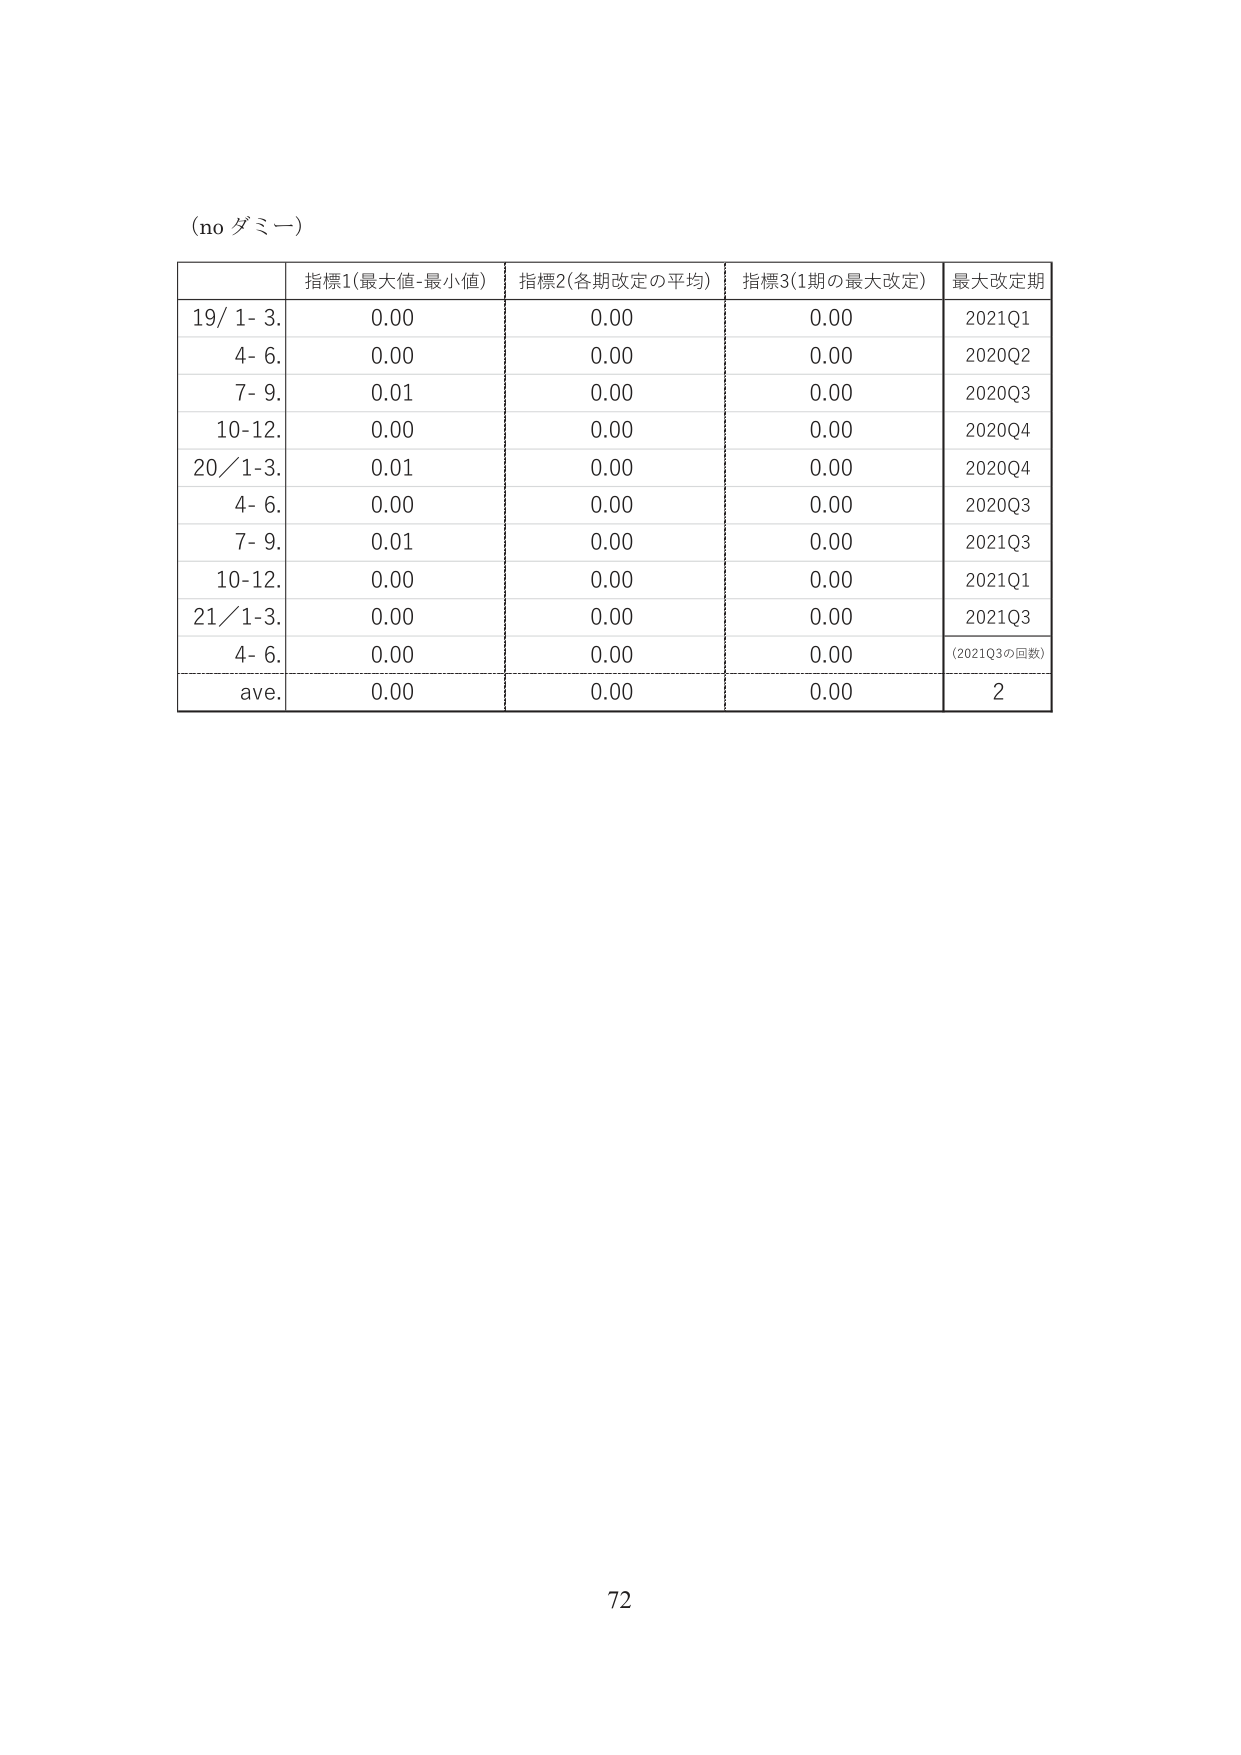
(no ダミー)

指標1(最大値-最小値) 指標2(各期改定の平均) 指標3(1期の最大改定) 最大改定期
19/ 1- 3. 0.00 0.00 0.00 2021Q1
4- 6. 0.00 0.00 0.00 2020Q2
7- 9. 0.01 0.00 0.00 2020Q3
10-12. 0.00 0.00 0.00 2020Q4
20/1-3. 0.01 0.00 0.00 2020Q4
4- 6. 0.00 0.00 0.00 2020Q3
7- 9. 0.01 0.00 0.00 2021Q3
10-12. 0.00 0.00 0.00 2021Q1
21/1-3. 0.00 0.00 0.00 2021Q3
4- 6. 0.00 0.00 0.00 (2021Q3の回数)
ave. 0.00 0.00 0.00 2

72